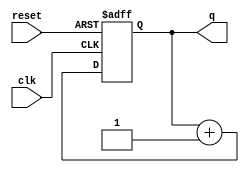
module async_reset_example (
    input wire clk,          // Clock signal
    input wire reset,        // Asynchronous reset signal
    output reg [3:0] q       // Output state signal, 4-bit example
);

// Asynchronous Reset and State Logic
always @(posedge clk or posedge reset) begin
    if (reset) begin
        q <= 4'b0000;       // Reset value (clear output)
    end else begin
        // Update logic for output q (Example: simple incrementing counter)
        q <= q + 1;         // Increment q on each clock cycle if reset is not asserted
    end
end

endmodule